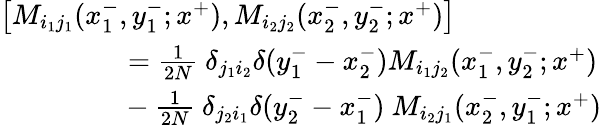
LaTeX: \begin{array}{l}{{\left[M_{i_{1}j_{1}}(x_{1}^{-},y_{1}^{-};x^{+}),M_{i_{2}j_{2}}(x_{2}^{-},y_{2}^{-};x^{+})\right]}}\\ {{{}~~~~~~~~~~~~~~~~~={\frac{1}{2N}}~\delta_{j_{1}i_{2}}\delta(y_{1}^{-}-x_{2}^{-})M_{i_{1}j_{2}}(x_{1}^{-},y_{2}^{-};x^{+})}}\\ {{{}~~~~~~~~~~~~~~~~~-{\frac{1}{2N}}~\delta_{j_{2}i_{1}}\delta(y_{2}^{-}-x_{1}^{-})~M_{i_{2}j_{1}}(x_{2}^{-},y_{1}^{-};x^{+})}}\end{array}